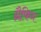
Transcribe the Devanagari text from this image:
ग्रैफिन